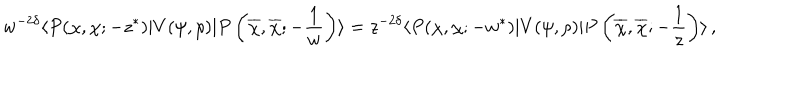
LaTeX: w ^ { - 2 \delta } \langle P ( \chi , \chi ; - z ^ { \ast } ) | V ( \psi , \rho ) | P \left( \overline { { \chi } } , \overline { { \chi } } ; - { \frac { 1 } { w } } \right) \rangle = z ^ { - 2 \delta } \langle P ( \chi , \chi ; - w ^ { \ast } ) | V ( \psi , \rho ) | P \left( \overline { { \chi } } , \overline { { \chi } } ; - { \frac { 1 } { z } } \right) \rangle \, ,